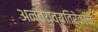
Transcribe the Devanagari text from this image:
अन्वयव्यतिरेकानें